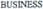
BUSINESS